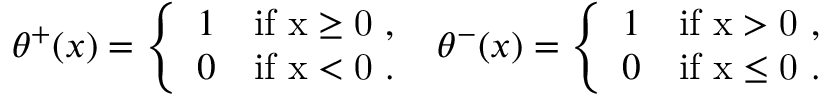
\theta ^ { + } ( x ) = \left\{ \begin{array} { l l } { { 1 } } & { { \mathrm { i f ~ x \geq 0 ~ , ~ } } } \\ { { 0 } } & { { \mathrm { i f ~ x < 0 ~ . ~ } } } \end{array} \right. \theta ^ { - } ( x ) = \left\{ \begin{array} { l l } { { 1 } } & { { \mathrm { i f ~ x > 0 ~ , ~ } } } \\ { { 0 } } & { { \mathrm { i f ~ x \leq 0 ~ . ~ } } } \end{array} \right.